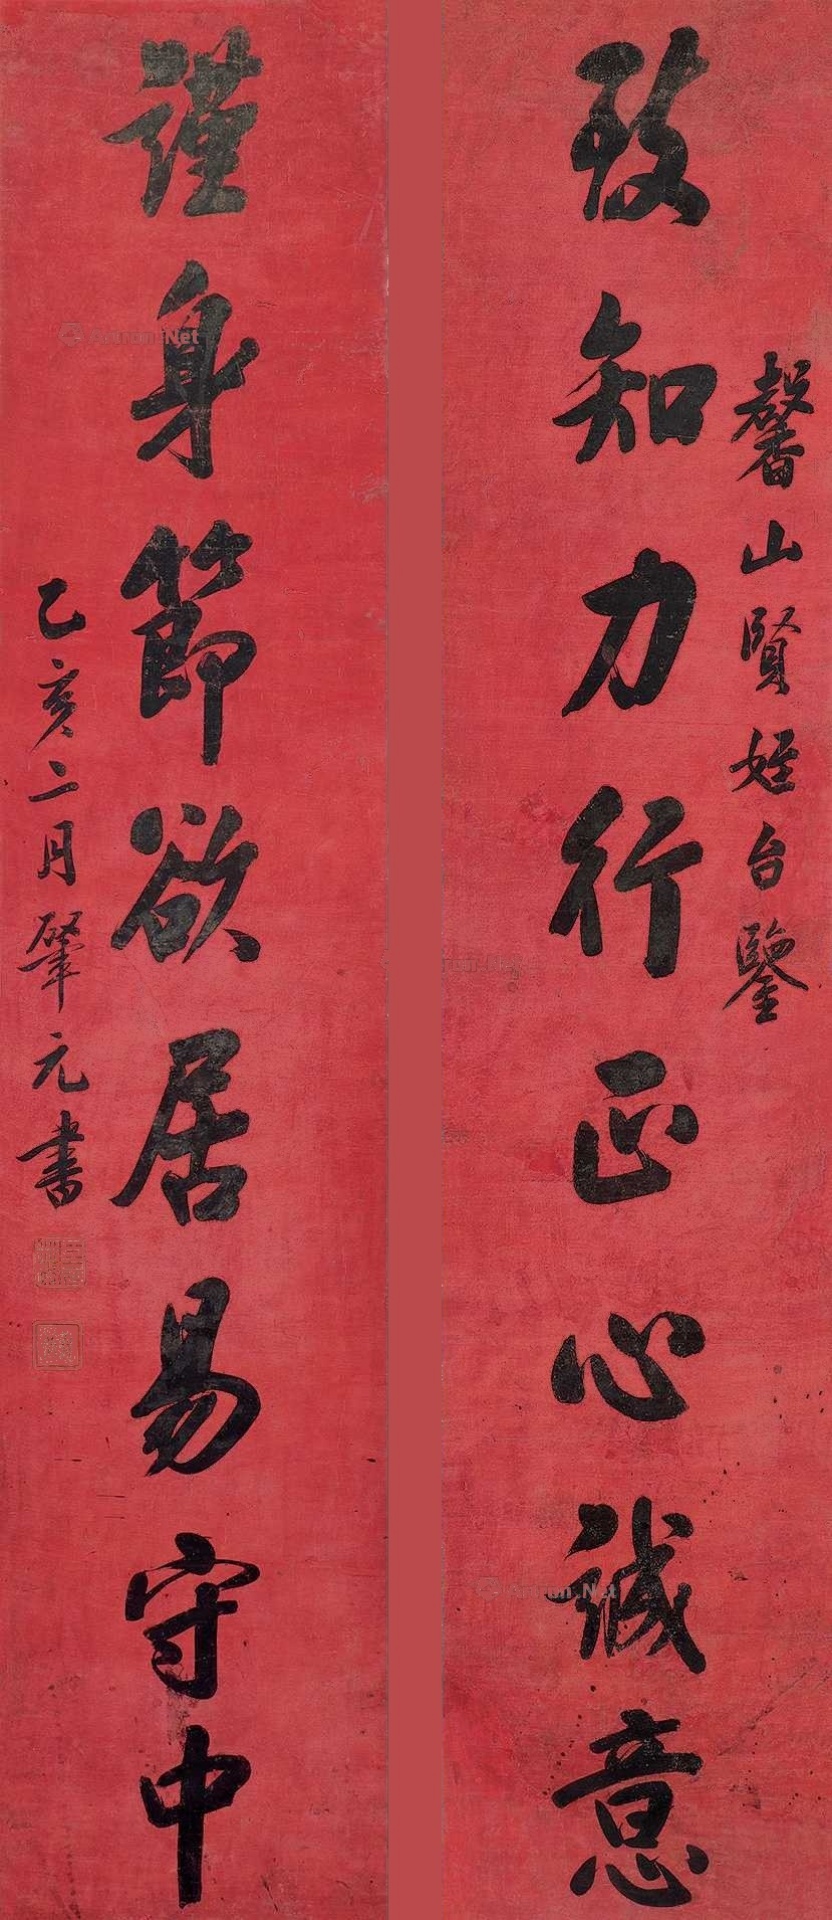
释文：致知力行正心诚意，谨身节欲居易守中。馨山贤侄台鉴，乙亥二月肇元书。